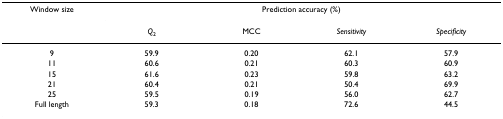
<table><thead><tr><td><b>Window size</b></td><td colspan="4"><b>Prediction accuracy (%)</b></td></tr><tr><td></td><td><b><i>Q</i><sub>2</sub></b></td><td><b>MCC</b></td><td><b><i>Sensitivity</i></b></td><td><b><i>Specificity</i></b></td></tr></thead><tbody><tr><td>9</td><td>59.9</td><td>0.20</td><td>62.1</td><td>57.9</td></tr><tr><td>11</td><td>60.6</td><td>0.21</td><td>60.3</td><td>60.9</td></tr><tr><td>15</td><td>61.6</td><td>0.23</td><td>59.8</td><td>63.2</td></tr><tr><td>21</td><td>60.4</td><td>0.21</td><td>50.4</td><td>69.9</td></tr><tr><td>25</td><td>59.5</td><td>0.19</td><td>56.0</td><td>62.7</td></tr><tr><td>Full length</td><td>59.3</td><td>0.18</td><td>72.6</td><td>44.5</td></tr></tbody></table>